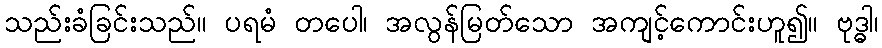
သည်းခံခြင်းသည်။ ပရမံ တပေါ၊ အလွန်မြတ်သော အကျင့်ကောင်းဟူ၍။ ဗုဒ္ဓါ၊